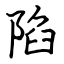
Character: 陷